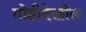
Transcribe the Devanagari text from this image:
गोष्टीदेखील